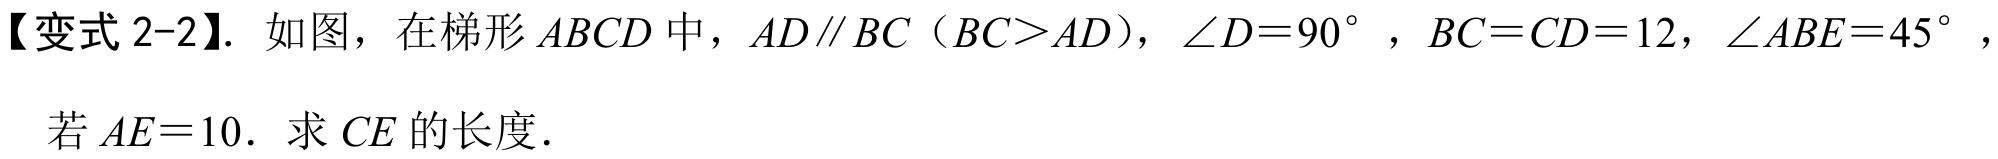
【变式 2-2】. 如图，在梯形 \(ABCD\) 中，\(AD\parallel BC\)（\(BC>AD\)），\(\angle D = 90^{\circ}\)，\(BC = CD = 12\)，\(\angle ABE = 45^{\circ}\)，
若 \(AE = 10\). 求 \(CE\) 的长度.